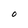
Character: O